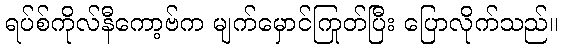
ရပ်စ်ကိုလ်နီကော့ဗ်က မျက်မှောင်ကြုတ်ပြီး ပြောလိုက်သည်။